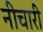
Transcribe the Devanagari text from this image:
नीचारी